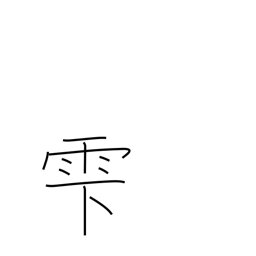
Meaning: dripping